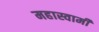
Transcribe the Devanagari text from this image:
महास्वामी